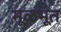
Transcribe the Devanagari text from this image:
मूळभूत